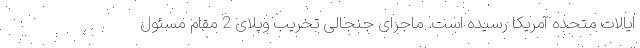
ایالات متحده آمریکا رسیده است. ماجرای جنجالی تخریب ویلای 2 مقام مسئول